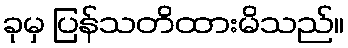
ခုမှ ပြန်သတိထားမိသည်။